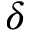
\delta